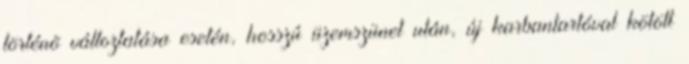
történõ változtatása esetén, hosszú üzemszünet után, új karbantartóval kötött